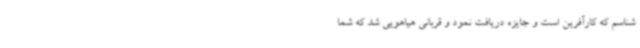
شناسم که کارآفرین است و جایزه دریافت نمود و قربانی هیاهویی شد که شما